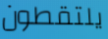
يلتقطون